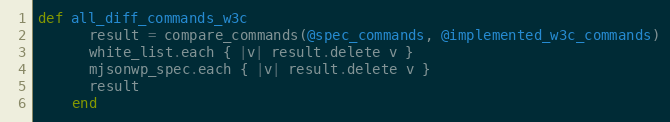
Language: Ruby
def all_diff_commands_w3c
      result = compare_commands(@spec_commands, @implemented_w3c_commands)
      white_list.each { |v| result.delete v }
      mjsonwp_spec.each { |v| result.delete v }
      result
    end